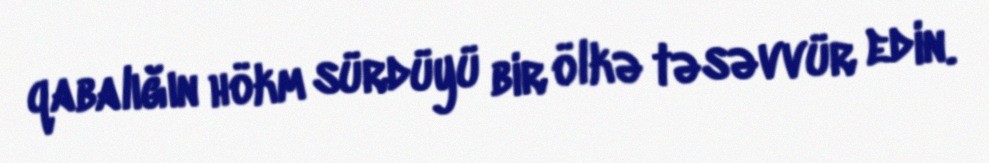
qabalığın hökm sürdüyü bir ölkə təsəvvür edin.